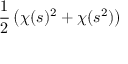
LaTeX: { \frac { 1 } { 2 } } \left( \chi ( s ) ^ { 2 } + \chi ( s ^ { 2 } ) \right)